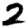
Digit: 2